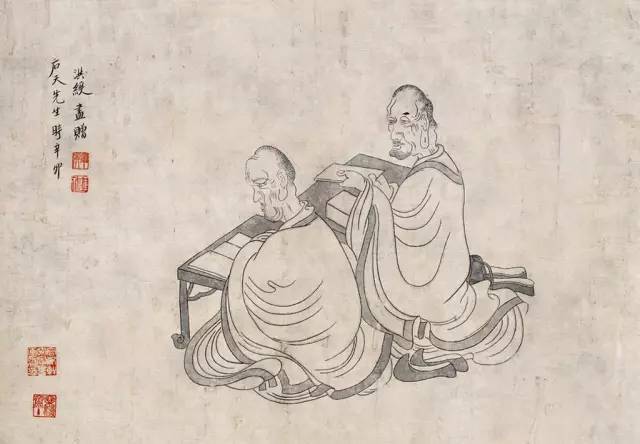
朽木不可雕也，粪土之墙不可杇也，于予与何诛？